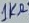
Text: 1KΩ